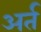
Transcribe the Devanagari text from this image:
अर्त